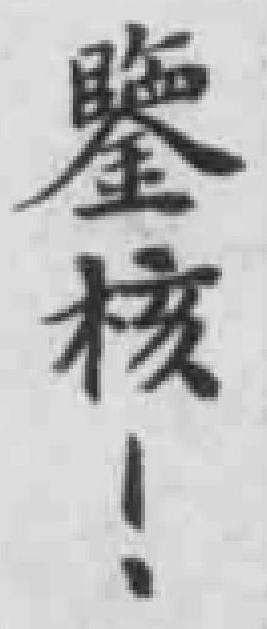
鑒核！